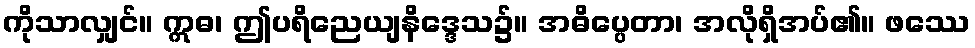
ကိုသာလျှင်။ ဣဓ၊ ဤပရိညေယျနိဒ္ဒေသ၌။ အဓိပ္ပေတာ၊ အလိုရှိအပ်၏။ ဖဿေ